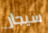
سيجار